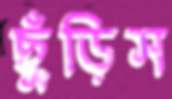
ছুঁড়িস